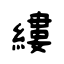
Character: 縷